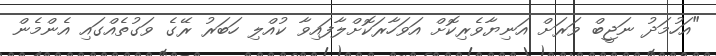
"އަހުމަދު ނަޖީބް ވަރަށް އަނިޔާވެރިކޮށް އަވަހާރަކޮށްލާފައިވާ ކުއްލި ހަބަރު ރޭގެ ވަގުތެއްގައި އެންމެން